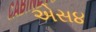
એસ૪